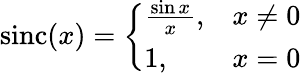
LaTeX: \operatorname{sinc}(x)={\left\{ \begin{array}{ll}{{\frac{\sin x}{x}},}&{x\neq 0}\\ {1,}&{x=0}\end{array}\right.}